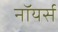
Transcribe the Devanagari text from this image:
नॉयर्स